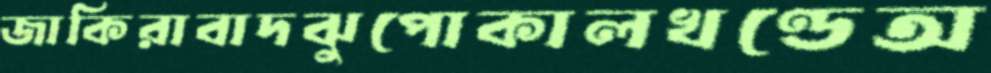
জাকিরাবাদঝুপোকালখণ্ডেঅ